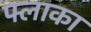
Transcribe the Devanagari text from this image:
फ्लाका